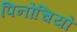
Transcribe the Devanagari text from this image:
पिनोचियो